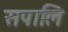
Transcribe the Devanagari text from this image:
सपालि